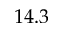
1 4 . 3